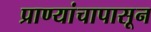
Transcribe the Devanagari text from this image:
प्राण्यांचापासून